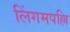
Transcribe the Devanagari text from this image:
लिंगमपल्लि